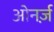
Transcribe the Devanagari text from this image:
ओनर्ज़